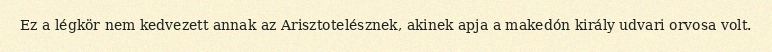
Ez a légkör nem kedvezett annak az Arisztotelésznek, akinek apja a makedón király udvari orvosa volt.